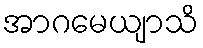
အာဂမေယျာသိ